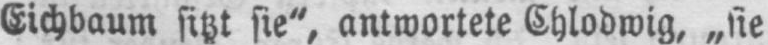
Eichbaum sitzt sie“, antwortete Chlodwig, „sie